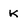
Character: K